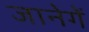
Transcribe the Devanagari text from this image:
जानेगें